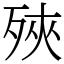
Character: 殎